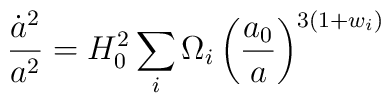
\frac{\dot a^2}{a^2} = H_0^2 \sum_i \Omega_i\left( \frac{a_0}{a}\right)^{3(1+w_i)}